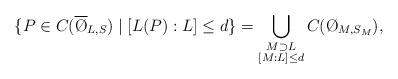
LaTeX: \begin{align*}\{P\in C(\overline{\O}_{L,S})\mid [L(P):L]\leq d\}=\bigcup_{\substack{M\supset L\\ [M:L]\leq d}}C(\O_{M,S_M}),\end{align*}